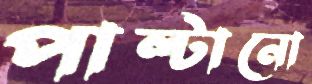
পাল্টানো